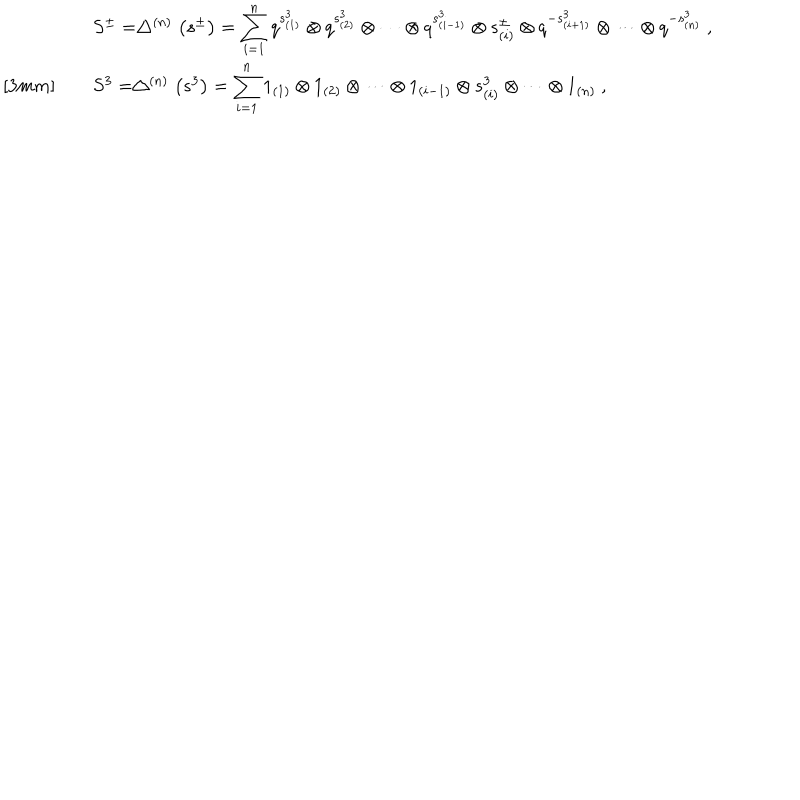
\begin{array} { r c l } { { } } & { { } } & { { S ^ { \pm } = \bigtriangleup ^ { ( n ) } \left( s ^ { \pm } \right) = \displaystyle \sum _ { i = 1 } ^ { n } q ^ { s _ { ( 1 ) } ^ { 3 } } \otimes q ^ { s _ { ( 2 ) } ^ { 3 } } \otimes \cdots \otimes q ^ { s _ { ( i - 1 ) } ^ { 3 } } \otimes s _ { ( i ) } ^ { \pm } \otimes q ^ { - s _ { ( i + 1 ) } ^ { 3 } } \otimes \cdots \otimes q ^ { - s _ { ( n ) } ^ { 3 } } ~ , } } \\ { { } } & { { } } & { { S ^ { 3 } = \bigtriangleup ^ { ( n ) } \left( s ^ { 3 } \right) = \displaystyle \sum _ { i = 1 } ^ { n } 1 _ { ( 1 ) } \otimes 1 _ { ( 2 ) } \otimes \cdots \otimes 1 _ { ( i - 1 ) } \otimes s _ { ( i ) } ^ { 3 } \otimes \cdots \otimes 1 _ { ( n ) } ~ , } } \\ \end{array}